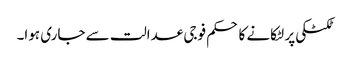
ٹکٹکی پر لٹکانے کا حکم فوجی عدالت سے جاری ہوا۔